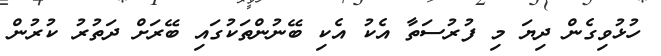
ހުޅުވިގެން ދިޔަ މި ފުރުސަތާ އެކު އެކި ބޭނުންތަކުގައި ބޭރަށް ދަތުރު ކުރުން